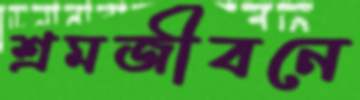
শ্রমজীবনে